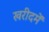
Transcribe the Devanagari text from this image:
खरीदमें